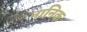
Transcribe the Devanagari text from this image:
नानिक